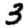
Digit: 3